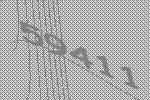
59411